Document type: Emphyteutic lease
Year: 1316
Scribe: Guillem de Vila
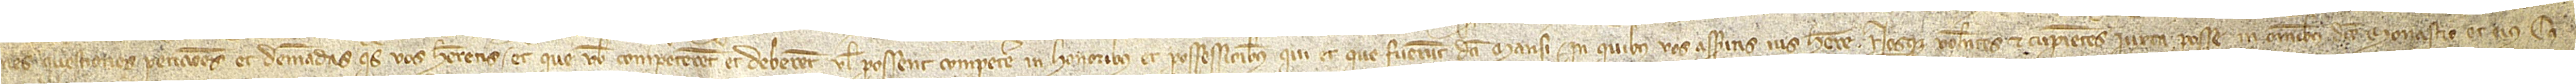
nes, questiones, peticiones et demandas quas vos haberetis et que vobis competerent et deberent vel possent competere in honoribus et possessionibus qui et que fuerunt dicti mansi in quibus vos asseritis ius habere. Nosque volentes et cupientes iuxta posse in omnibus dicto monasterio et eius ca-